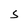
Character: S